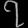
Digit: ၇